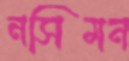
নসিমন